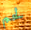
لحم